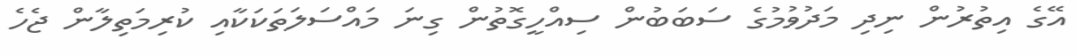
އޭގެ އިތުރުން ނިދި މަދުވުމުގެ ސަބަބުން ސިއްހީގޮތުން ގިނަ މައްސަލަތަކަކާއި ކުރިމަތިލާން ޖެހެ